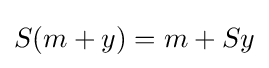
S(m+y)=m+Sy